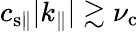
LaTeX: c_{\mathrm{s\| }}|k_{\| }|\gtrsim\nu_{\mathrm{c}}